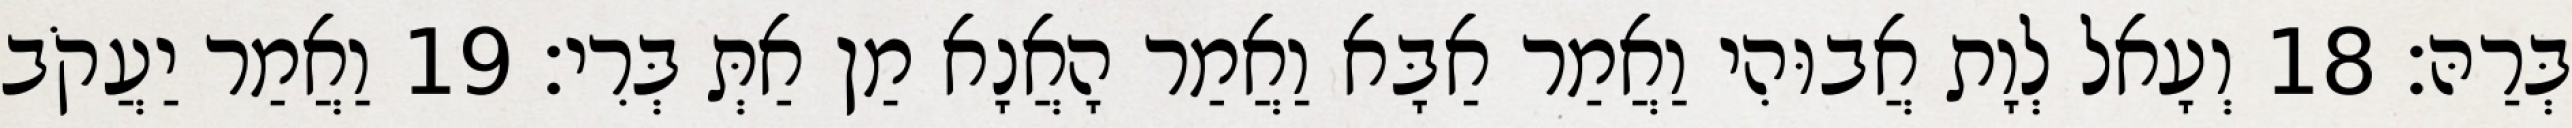
בְּרַהּ׃ 18 וְעָאל לְוָת אֲבוּהִי וַאֲמַר אַבָּא וַאֲמַר הָאֲנָא מַן אַתְּ בְּרִי׃ 19 וַאֲמַר יַעֲקֹב